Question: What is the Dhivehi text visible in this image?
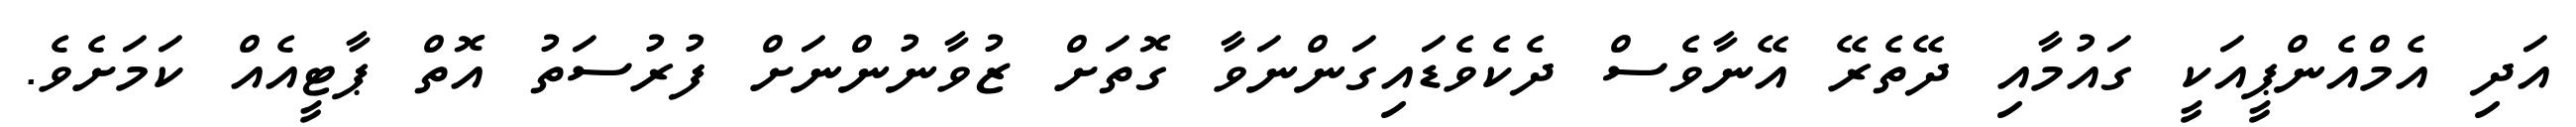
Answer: އަދި އެމްއެންޕީއަކީ ގައުމާއި ދޭތެރޭ އޭނާވެސް ދެކެވެޑައިގަންނަވާ ގޮތަށް ޒުވާނުންނަށް ފުރުސަތު އޮތް ޕާޓީއެއް ކަމަށެވެ.